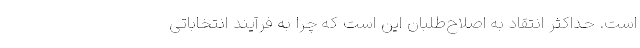
است. حداکثر انتقاد به اصلاح‌طلبان این است که چرا به فرآیند انتخاباتی